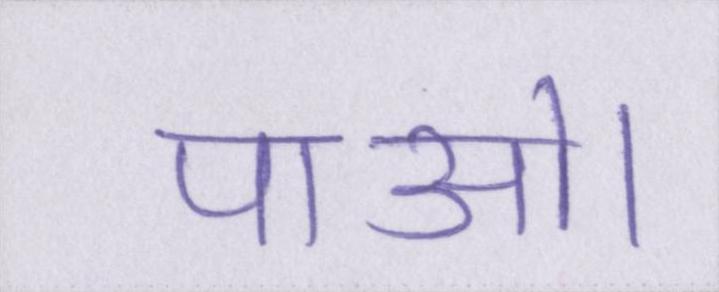
पाओ।